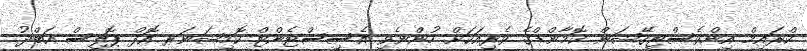
ކްރައިމް އިންވެސްޓިގޭޝަން ކޮމާންޑްގެ ވެރިއަކަށް ހުންނެވި އެސިސްޓެންޓް ކޮމިޝަނަރ އޮފް ޕޮލިސް އަބްދު